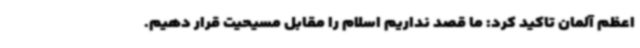
اعظم آلمان تاکید کرد: ما قصد نداریم اسلام را مقابل مسیحیت قرار دهیم.